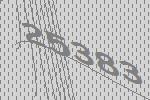
25383